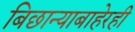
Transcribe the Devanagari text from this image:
बिछान्याबाहेरही